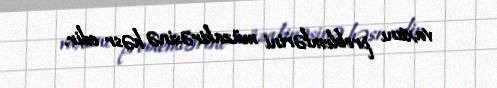
vaxtını problemlərini müzakirəsinə həsr edir.